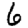
Digit: 6